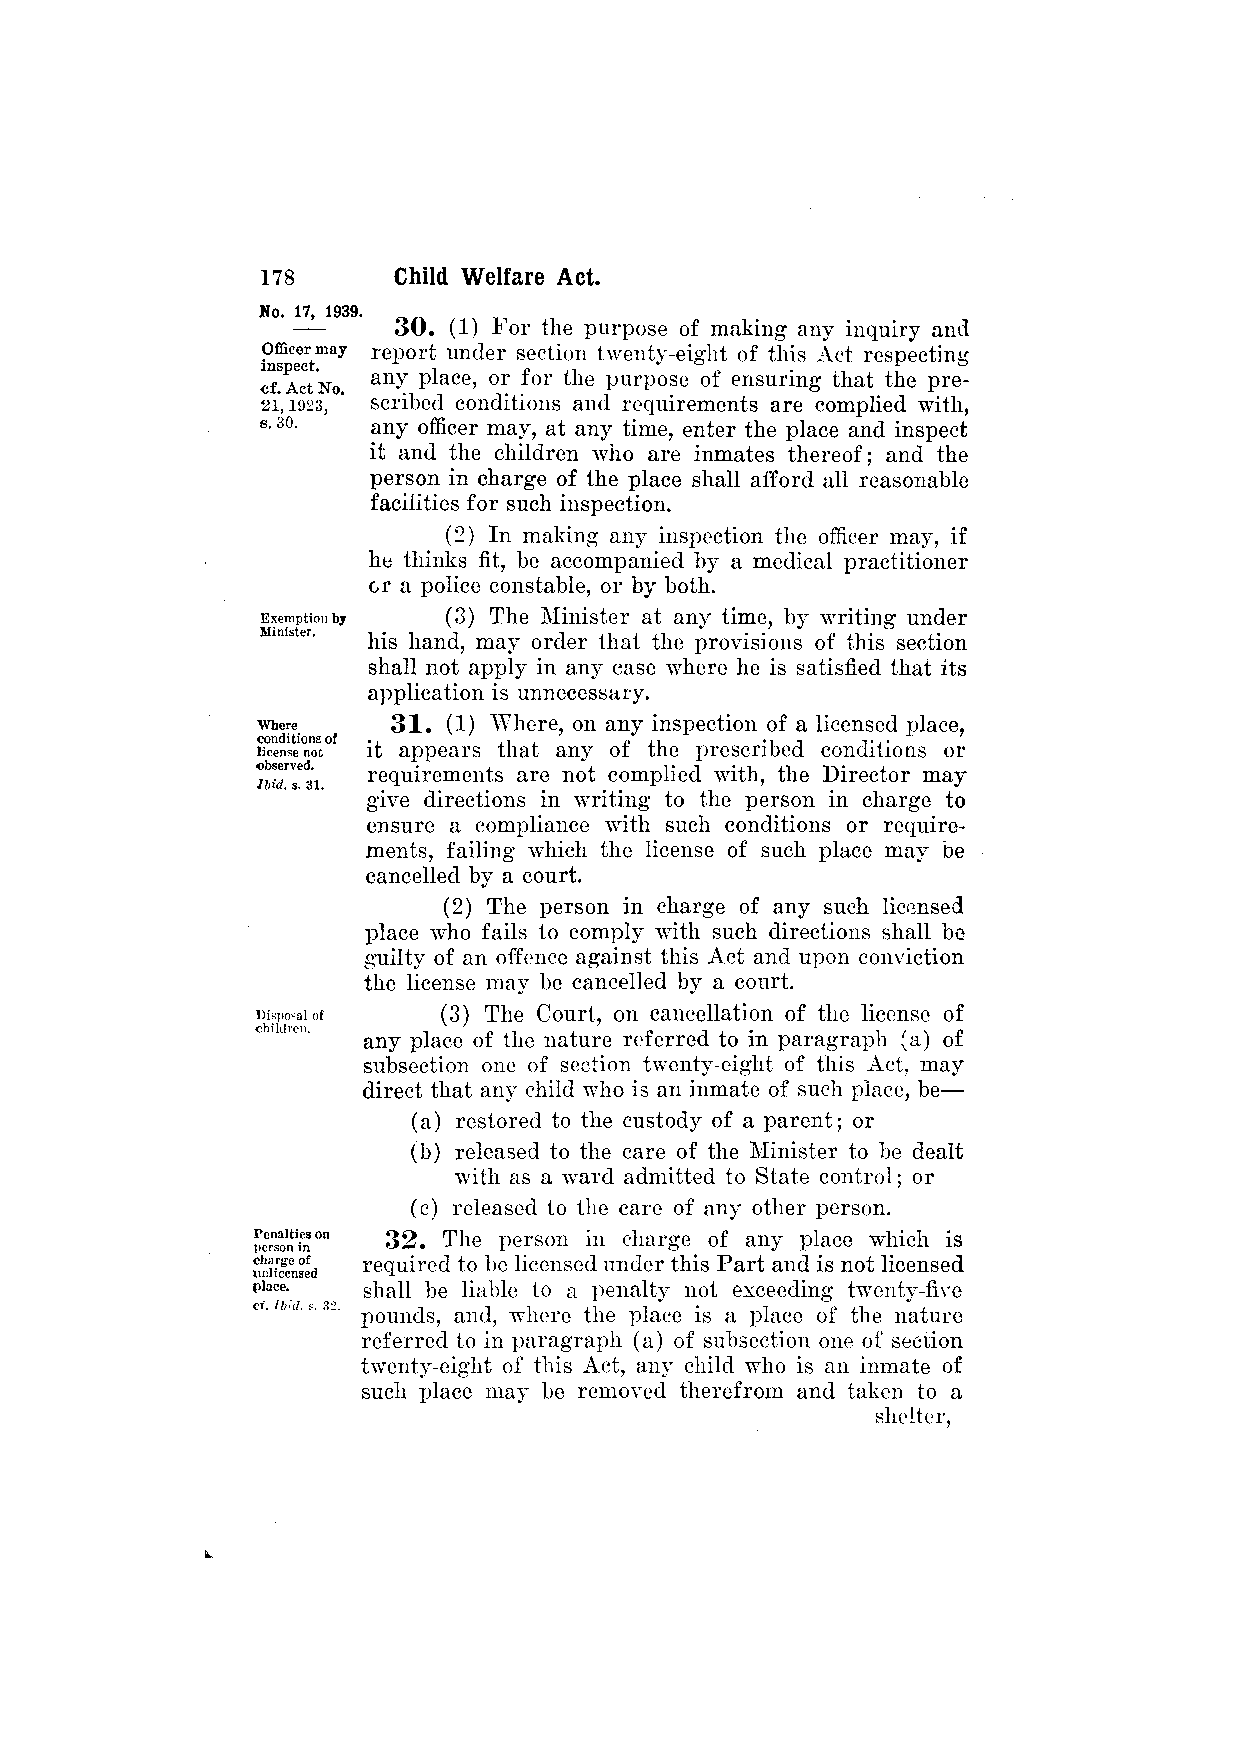
30. (1) For the purpose of making any inquiry and
 report under section twenty-eight of this Act respecting
 any place, or for the purpose of ensuring that the pre­
 scribed conditions and requirements are complied with,
 any officer may, at any time, enter the place and inspect
 it and the children who are inmates thereof; and the
 person in charge of the place shall afford all reasonable
 facilities for such inspection.
 (2) In making any inspection the officer may, if
 he thinks fit, be accompanied by a medical practitioner
 or a police constable, or by both.
 (3) The Minister at any time, by writing under
 his hand, may order that the provisions of this section
 shall not apply in any case where he is satisfied that its
 application is unnecessary.
 31. (1) Where, on any inspection of a licensed place,
 it appears that any of the prescribed conditions or
 requirements are not complied with, the Director may
 give directions in writing to the person in charge to
 ensure a compliance with such conditions or require­
 ments, failing which the license of such place may be
 cancelled by a court.
 (2) The person in charge of any such licensed
 place who fails to comply with such directions shall be
 guilty of an offence against this Act and upon conviction
 the license may be cancelled by a court.
 (3) The Court, on cancellation of the license of
 any place of the nature referred to in paragraph (a) of
 subsection one of section twenty-eight of this Act, may
 direct that any child who is an inmate of such place, be—
 (a) restored to the custody of a parent; or
 (b) released to the care of the Minister to be dealt
 with as a ward admitted to State control; or
 (c) released to the care of any other person.
 32. The person in charge of any place which is
 required to be licensed under this Part and is not licensed
 shall be liable to a penalty not exceeding twenty-five
 pounds, and, where the place is a place of the nature
 referred to in paragraph (a) of subsection one of section
 twenty-eight of this Act, any child who is an inmate of
 such place may be removed therefrom and taken to a
 shelter,